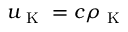
u _ { \mathrm { ~ K ~ } } = c \rho _ { \mathrm { ~ K ~ } }